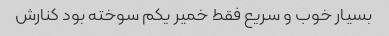
بسیار خوب و سریع فقط خمیر یکم سوخته بود کنارش